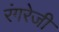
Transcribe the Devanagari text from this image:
रंगरेजी